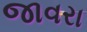
જાવરા